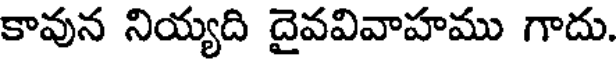
కావున నియ్యది దైవవివాహము గాదు.